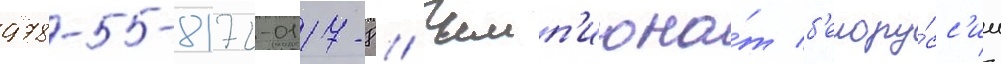
978-5-8172-0117-8 // Чемп'иона́т б'елору́сс'ии